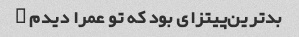
بدترین‌پیتزای بود که تو عمرا دیدم …